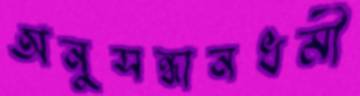
অনুসন্ধানধর্মী